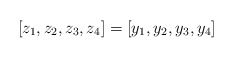
\begin{align*}[z_1, z_2, z_3, z_4] = [y_1, y_2, y_3, y_4]\end{align*}